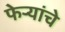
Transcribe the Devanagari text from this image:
फेऱ्यांचे